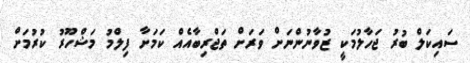
ސައިކަލް ބުރު ޖަހާލުމަކީ ޒުވާނުންނަށް ވަރަށް ތަޖްރިބާއެއް ކަމަށާ ފިލްމު މަޝްހޫރު ކުރުމަށް